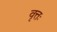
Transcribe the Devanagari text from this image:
वृत्तः